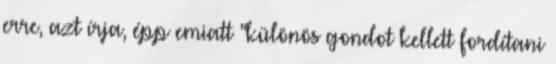
erre, azt írja, épp emiatt "különös gondot kellett fordítani